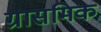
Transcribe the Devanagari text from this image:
ग्रासमिक